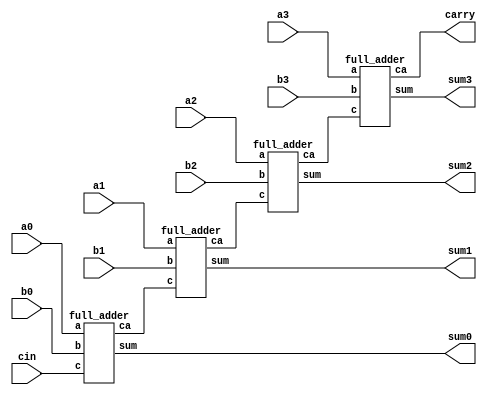
module ripple_carry_adder(
  input a0,a1,a2,a3,b0,b1,b2,b3,
  input cin,
  output sum0,sum1,sum2,sum3,
  output carry);
  wire c0,c1,c2;
  full_adder fa1(.a(a0),.b(b0),.c(cin),.sum(sum0),.ca(c0));
  full_adder fa2(.a(a1),.b(b1),.c(c0),.sum(sum1),.ca(c1));
  full_adder fa3(.a(a2),.b(b2),.c(c1),.sum(sum2),.ca(c2));
  full_adder fa4(.a(a3),.b(b3),.c(c2),.sum(sum3),.ca(carry));
endmodule
module full_adder(
    input a,b,c,
    output sum,ca);
    wire x,y,z;
    xor (x,a,b);
    and (y,a,b);
    xor (sum,x,c);
    and (z,x,c);
    or (ca,y,z);
endmodule